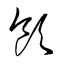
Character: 領